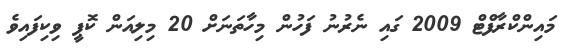
މައިންކްރާފްޓް 2009 ގައި ނެރުނު ފަހުން މިހާތަނަށް 20 މިލިއަން ކޮޕީ ވިކިފައިވެ